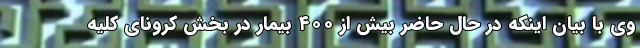
وی با بیان اینکه در حال حاضر بیش از ۴۰۰ بیمار در بخش کرونای کلیه